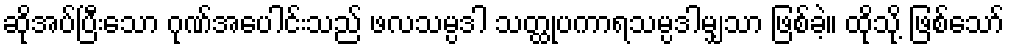
ဆိုအပ်ပြီးသော ဂုဏ်အပေါင်းသည် ဖလသမ္ပဒါ သတ္ထုပကာရသမ္ပဒါမျှသာ ဖြစ်ခဲ့။ ထိုသို့ ဖြစ်သော်